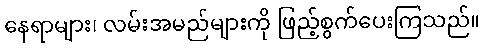
နေရာများ၊ လမ်းအမည်များကို ဖြည့်စွက်ပေးကြသည်။